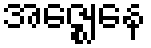
အဇ္ဈေနေ